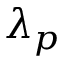
\lambda _ { p }